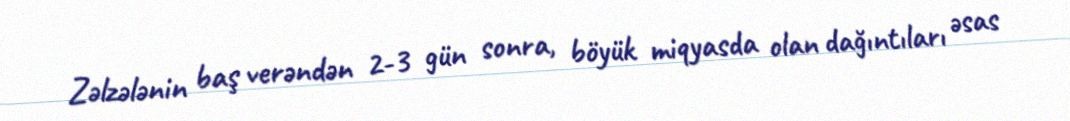
Zəlzələnin baş verəndən 2-3 gün sonra, böyük miqyasda olan dağıntıları əsas